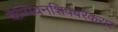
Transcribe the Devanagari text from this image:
चैम्पियनशिपबरकरार